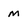
Character: m